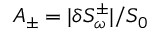
A _ { \pm } = | \delta S _ { \omega } ^ { \pm } | / S _ { 0 }